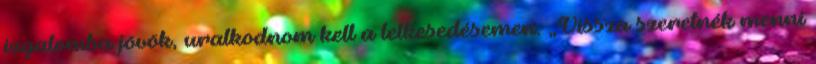
izgalomba jövök, uralkodnom kell a lelkesedésemen. „Vissza szeretnék menni